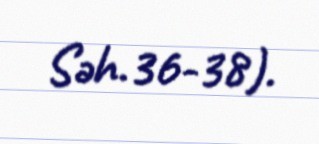
Səh.36-38).